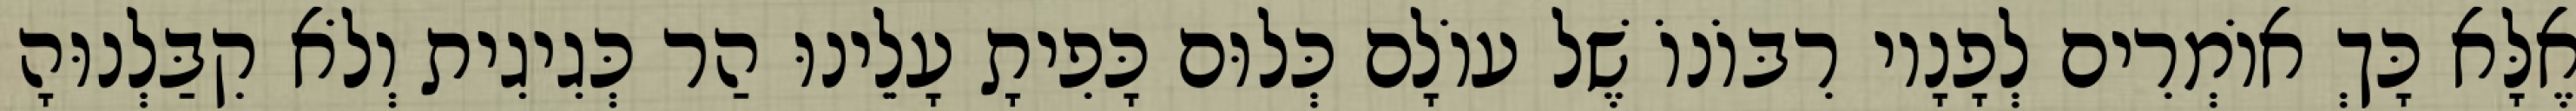
אֶלָּא כָּךְ אוֹמְרִים לְפָנָיו רִבּוֹנוֹ שֶׁל עוֹלָם כְּלוּם כָּפִיתָ עָלֵינוּ הַר כְּגִיגִית וְלֹא קִבַּלְנוּהָ